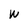
Character: W